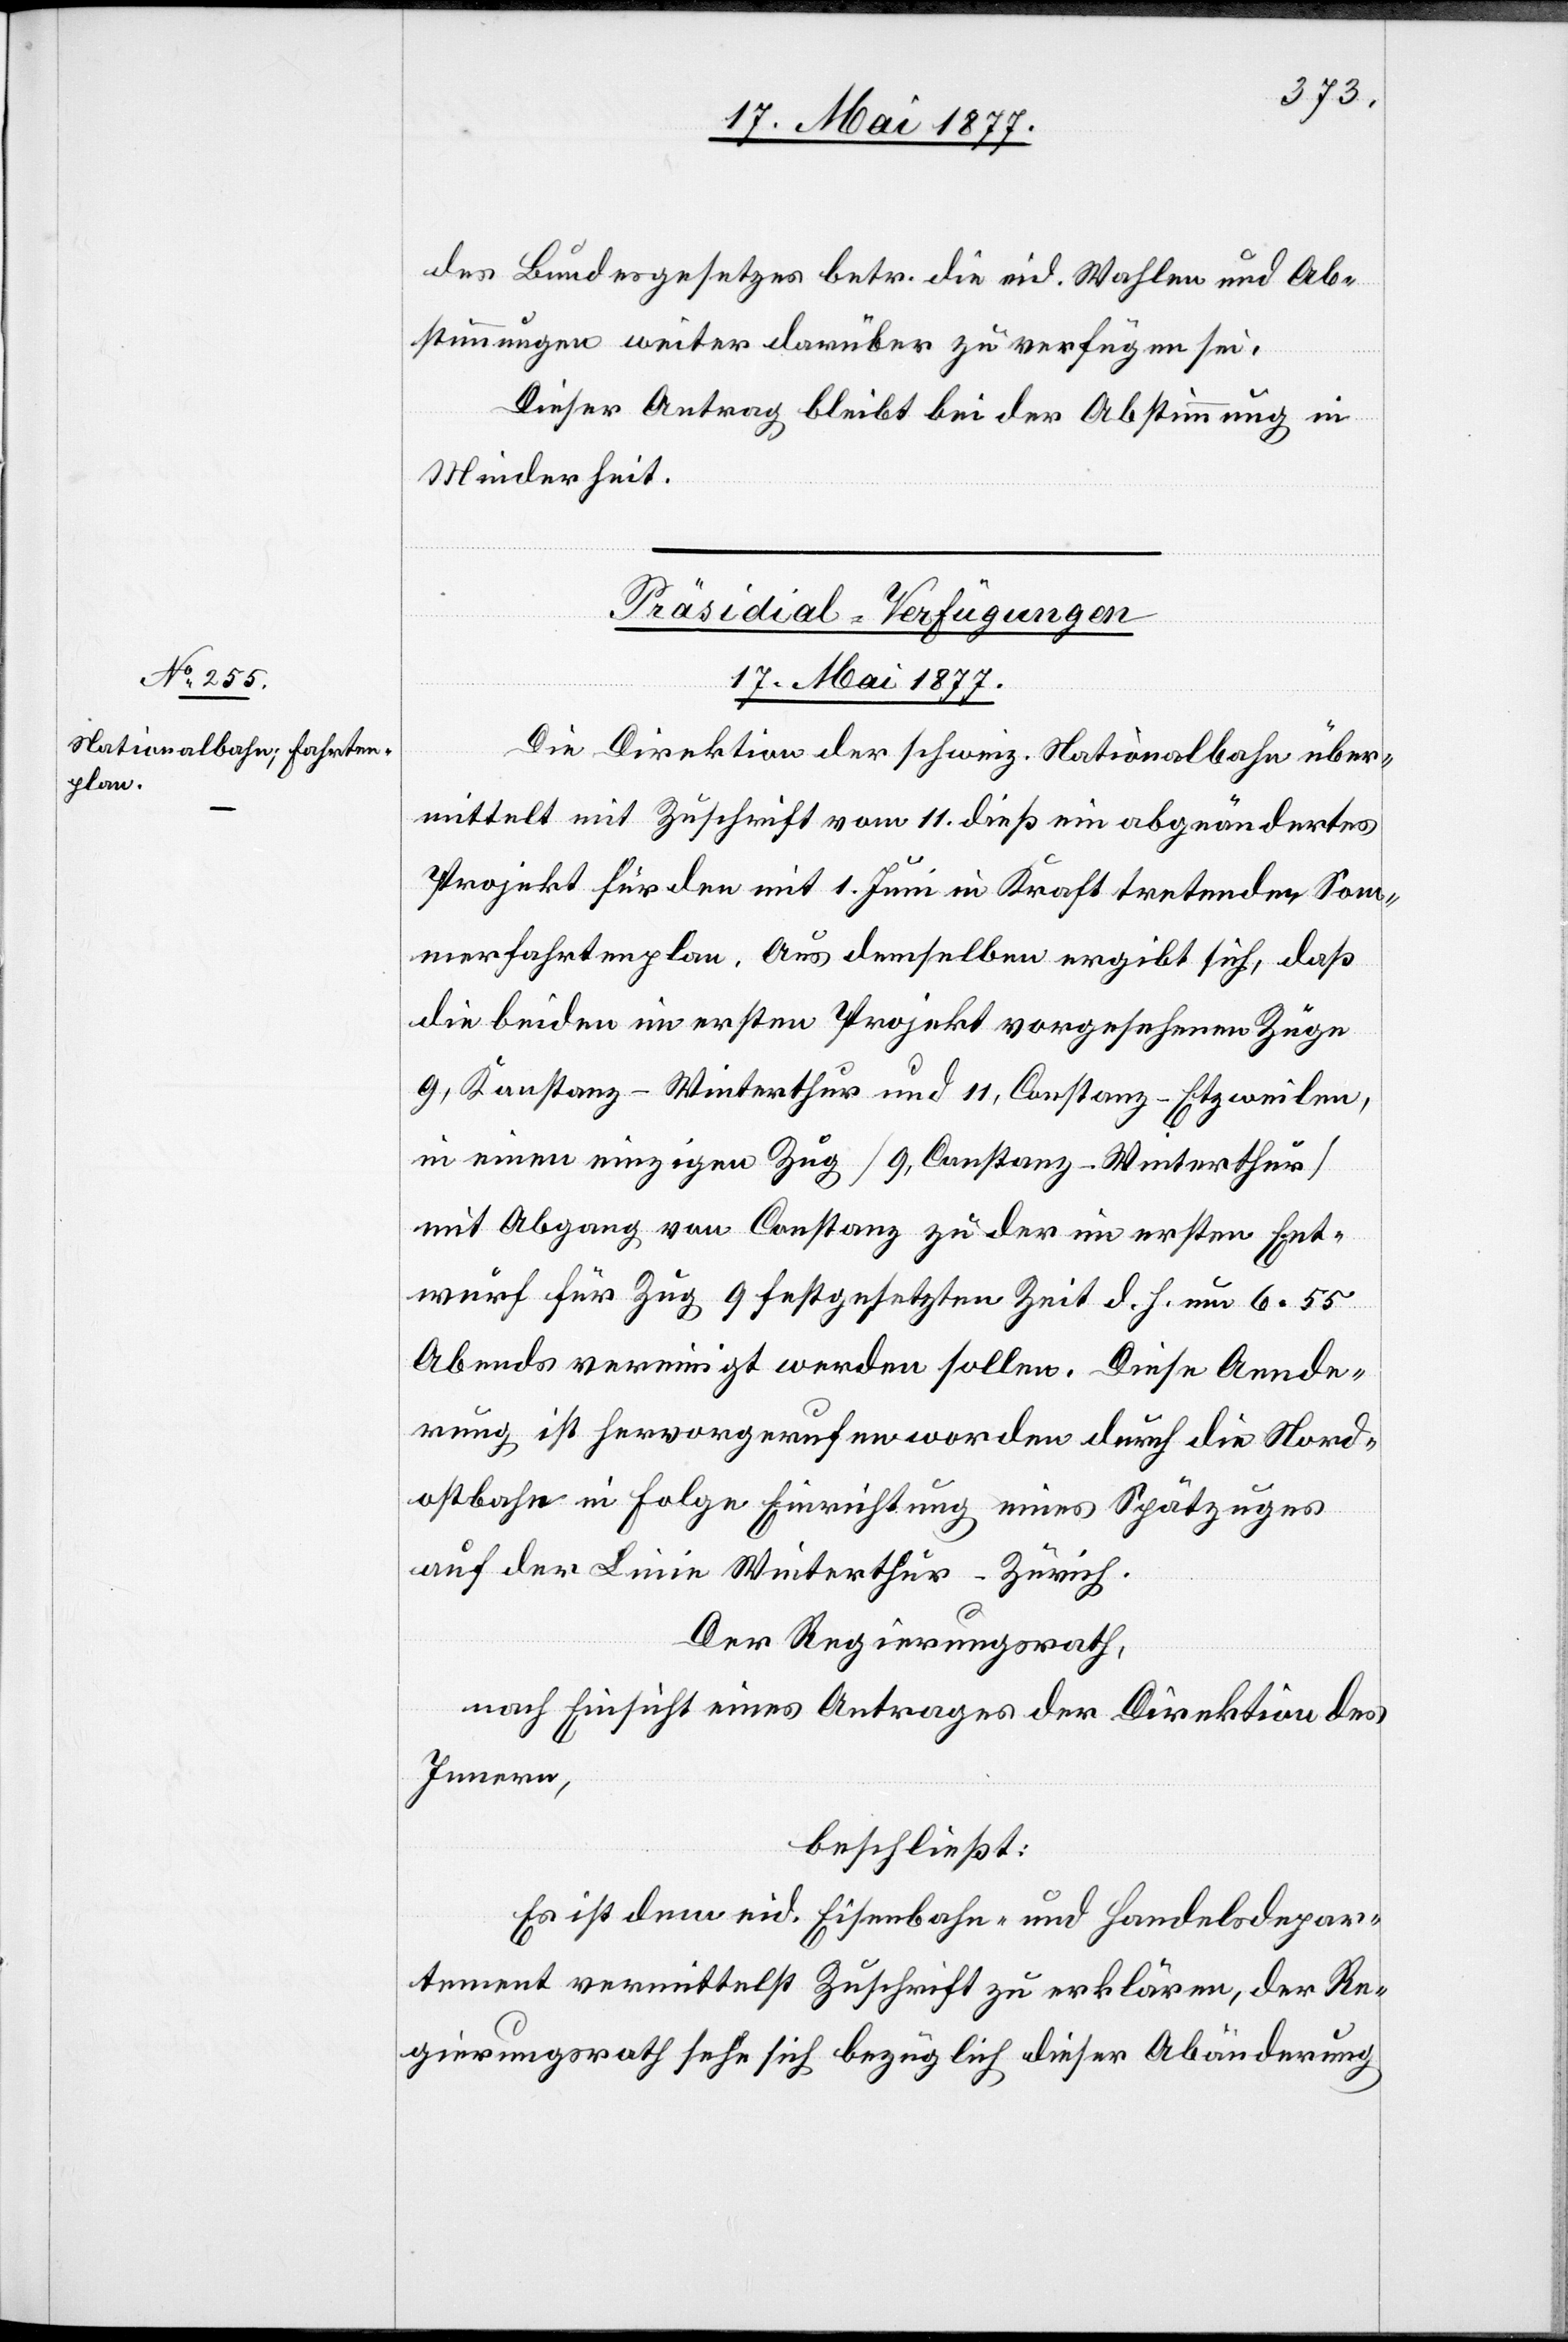
des Bundesgesetzes betr. die eid. Wahlen und Ab¬
stimmungen weiter darüber zu verfügen sei.
Dieser Antrag bleibt bei der Abstimmung in
Minderheit.
Präsidial-Verfügungen
17. Mai 1877.
Die Direktion der schweiz. Nationalbahn über¬
mittelt mit Zuschrift vom 11. dieß ein abgeändertes
Projekt für den mit 1. Juni in Kraft tretenden Som¬
merfahrtenplan. Aus demselben ergibt sich, daß
die beiden im ersten Projekt vorgesehenen Züge
9, Konstanz–Winterthur und 11, Constanz–Etzweilen
in einen einzigen Zug [9, Constanz–Winterthur]
mit Abgang von Constanz zu der im ersten Ent¬
wurf für Zug 9 festgesetzten Zeit d. h. um 6 55
Abends vereinigt werden sollen. Diese Aende¬
rung ist hervorgerufen worden durch die Nord¬
ostbahn in Folge Einrichtung eines Spätzuges
auf der Linie Winterthur–Zürich.
Der Regierungsrath,
nach Einsicht eines Antrages der Direktion des
Innern,
beschließt:
Es ist dem eid. Eisenbahn- und Handelsdepar¬
tement vermittelst Zuschrift zu erklären, der Re¬
gierungsrath sehe sich bezüglich dieser Abänderung